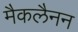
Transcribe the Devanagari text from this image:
मैकलैनन